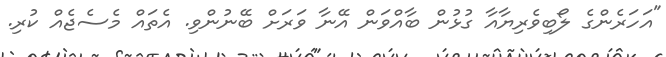
"އަހަރެންގެ ލޯބިވެރިޔާއާ ގުޅުން ބާއްވަން އޭނާ ވަރަށް ބޭނުންވި. އެތައް މެސެޖެއް ކުރި.